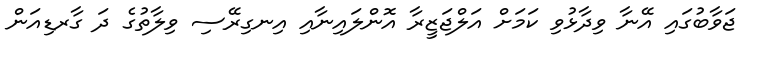
ޖަވާބުގައި އޭނާ ވިދާޅުވި ކަމަށް އަލްޖަޒީރާ އޮންލައިނާއި އިނގިރޭސި ވިލާތުގެ ދަ ގާރޑިއަން